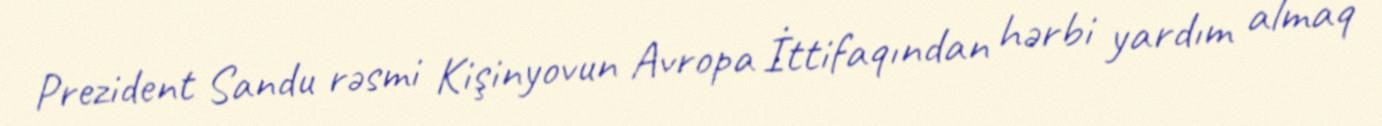
Prezident Sandu rəsmi Kişinyovun Avropa İttifaqından hərbi yardım almaq